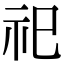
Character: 祀